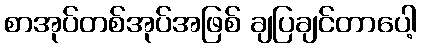
စာအုပ်တစ်အုပ်အဖြစ် ချပြချင်တာပေါ့